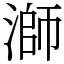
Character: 溮